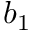
b _ { 1 }